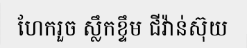
ហែករួច ស្លឹកខ្ទឹម ជីវ៉ាន់ស៊ុយ